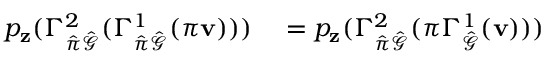
\begin{array} { r l } { p _ { \mathbf { z } } ( \Gamma _ { \hat { \pi } \hat { \mathcal { G } } } ^ { 2 } ( \Gamma _ { \hat { \pi } \hat { \mathcal { G } } } ^ { 1 } ( \pi \mathbf { v } ) ) ) } & { { } = p _ { \mathbf { z } } ( \Gamma _ { \hat { \pi } \hat { \mathcal { G } } } ^ { 2 } ( \pi \Gamma _ { \hat { \mathcal { G } } } ^ { 1 } ( \mathbf { v } ) ) ) } \end{array}